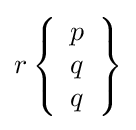
r\left\{{\begin{array}{l}p\\q\\q\end{array}}\right\}